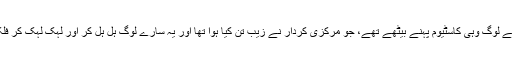
سٹیج کے سامنے پنڈال میں بہت سے لوگ وہی کاسٹیوم پہنے بیٹھے تھے، جو مرکزی کردار نے زیب تن کیا ہوا تھا اور یہ سارے لوگ ہل ہل کر اور لہک لہک کر فلک شگاف نعرے بلند کررہے تھے۔